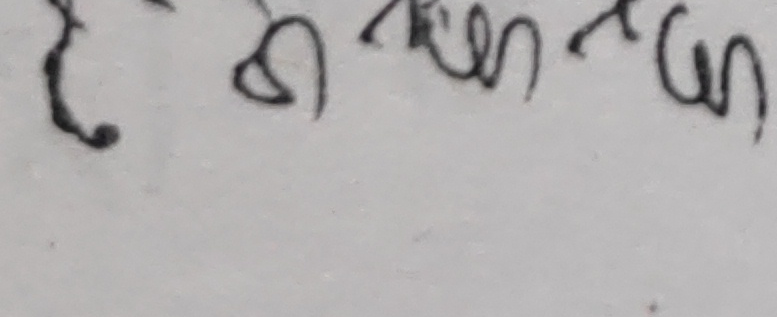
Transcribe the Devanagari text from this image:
८ ने थेन छन